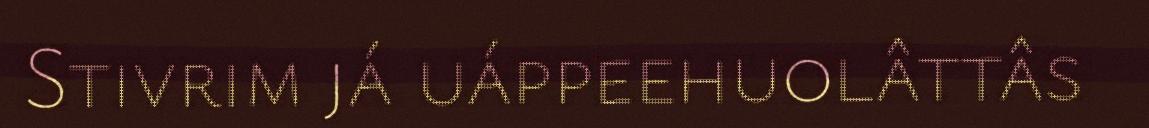
Stivrim já uáppeehuolâttâs